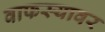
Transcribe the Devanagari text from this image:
वाफस्यावर